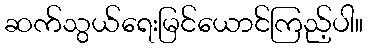
ဆက်သွယ်ရေးမြင်ယောင်ကြည့်ပါ။